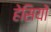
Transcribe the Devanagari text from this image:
हेसियो